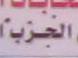
الجزب